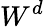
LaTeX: W^{d}